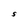
Character: S